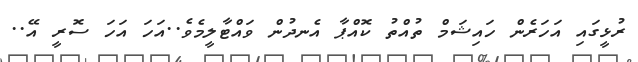
ރުޅީގައި އަހަރެން ހައިޝަމް ތުއްތު ކޮއްޕާ އެނދުން ވައްޓާލީމެވެ..އަހަ އަހަ ސޮރީ އޭ..